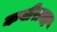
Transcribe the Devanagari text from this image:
कबीराचा